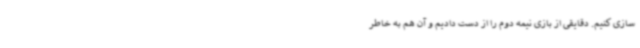
سازی کنیم. دقایقی از بازی نیمه دوم را از دست دادیم و آن هم به خاطر